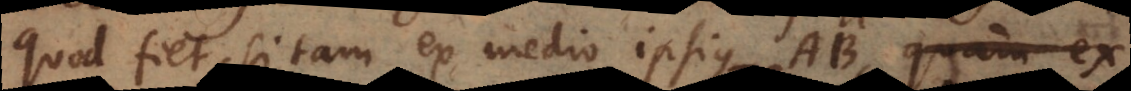
quod fiet, si tam ex medio ipsius AB quam ex